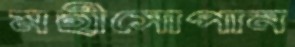
মহীসোপান